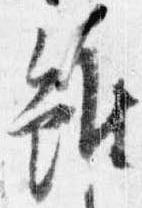
雖